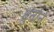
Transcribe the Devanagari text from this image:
ब्रुनोने